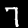
Digit: 7